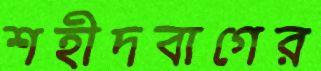
শহীদবাগের